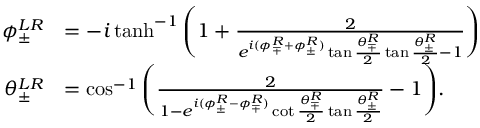
\begin{array} { r l } { \phi _ { \pm } ^ { L R } } & { = - i \operatorname { t a n h } ^ { - 1 } \Bigg ( 1 + \frac { 2 } { e ^ { i ( \phi _ { \mp } ^ { R } + \phi _ { \pm } ^ { R } ) } \tan { \frac { \theta _ { \mp } ^ { R } } { 2 } } \tan { \frac { \theta _ { \pm } ^ { R } } { 2 } } - 1 } \Bigg ) } \\ { \theta _ { \pm } ^ { L R } } & { = \cos ^ { - 1 } { \Bigg ( \frac { 2 } { 1 - e ^ { i ( \phi _ { \pm } ^ { R } - \phi _ { \mp } ^ { R } ) } \cot { \frac { \theta _ { \mp } ^ { R } } { 2 } } \tan { \frac { \theta _ { \pm } ^ { R } } { 2 } } } - 1 \Bigg ) } . } \end{array}